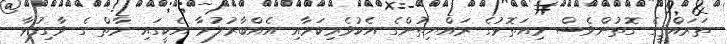
ތަރައްޤީގެ ގޮތުންވެސް މިއަތޮޅުގެ ރައްޔިތުންގެ އެކުވެރިކަމާއި އެއްބާރުލުމާ އެކީގައި މާތް ގެ ވާގިފުޅާ